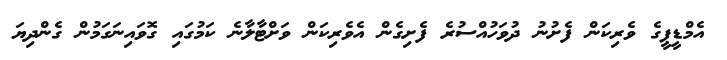
އެމްޑީޕީގެ ވެރިކަން ފެށުނު ދުވަހުއްސުރެ ފެށިގެން އެވެރިކަން ވަށްޓާލާނެ ކަމުގައި ގޮވައިނަގަމުން ގެންދިޔަ